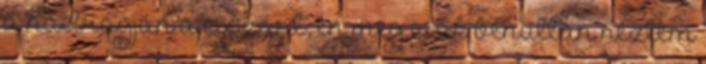
a nadrágján a cipzárt, én meg csak bénultan néztem